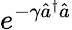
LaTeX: e^{-\gamma\hat{a}^{\dagger}\hat{a}}